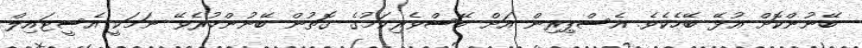
ބޭނުންކޮށް އުޅޭ ބޭހެކެވެ. އެސްޕިރިން އަށް ބޭސްވެރިކަމުގެ ގޮތުން ބޭނުންކުރެވޭ ނަމަކީ އެސީޓައިލް